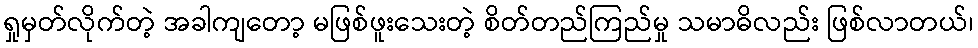
ရှုမှတ်လိုက်တဲ့ အခါကျတော့ မဖြစ်ဖူးသေးတဲ့ စိတ်တည်ကြည်မှု သမာဓိလည်း ဖြစ်လာတယ်၊